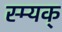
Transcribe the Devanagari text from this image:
स्म्यक्‌